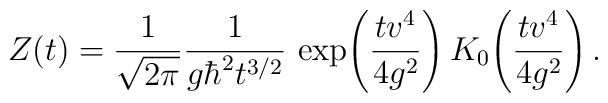
Z(t) = {1\over \sqrt{2 \pi}} {1\over g \hbar^2 t^{3/2}}  \,\exp\!\left({tv^4\over  4 g^2}\right) K_0\!\left({tv^4 \over 4 g^2}\right).